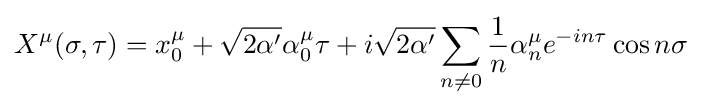
X^{\mu }(\sigma ,\tau )=x_{0}^{\mu }+{\sqrt {2\alpha '}}\alpha _{0}^{\mu }\tau +i{\sqrt {2\alpha '}}\sum _{n\neq 0}{\frac {1}{n}}\alpha _{n}^{\mu }e^{-in\tau }\cos n\sigma